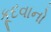
કૂદવાનો